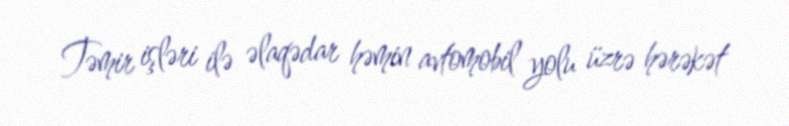
Təmir işləri ilə əlaqədar həmin avtomobil yolu üzrə hərəkət